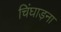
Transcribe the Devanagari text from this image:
चिंघाड़ना